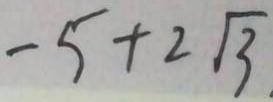
- 5 + 2 \sqrt { 3 }